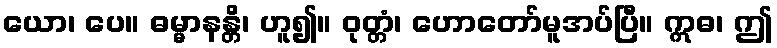
ယော၊ ပေ။ ဓမ္မာနန္တိ၊ ဟူ၍။ ဝုတ္တံ၊ ဟောတော်မူအပ်ပြီ။ ဣဓ၊ ဤ